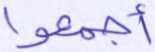
أجمعوا